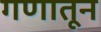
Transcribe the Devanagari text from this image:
गणातून